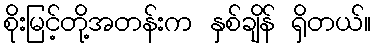
စိုးမြင့်တို့အတန်းက နှစ်ချိန် ရှိတယ်။